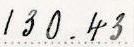
130.43